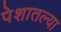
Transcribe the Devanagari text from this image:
पेशातल्या